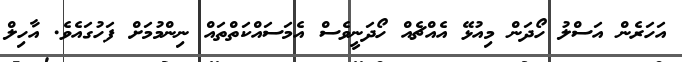
އަހަރެން އަސްލު ހޯދަން މިއުޅޭ އެއްޗެއް ހޯދަނީވެސް އެމަސައްކަތްތައް ނިންމުމަށް ފަހުގައެވެ. އާހިލް